Report on plague and inoculation in the Punjab from October 1st ... to September 30th..., being the ... season of plague in the province
Disease focus: Plague
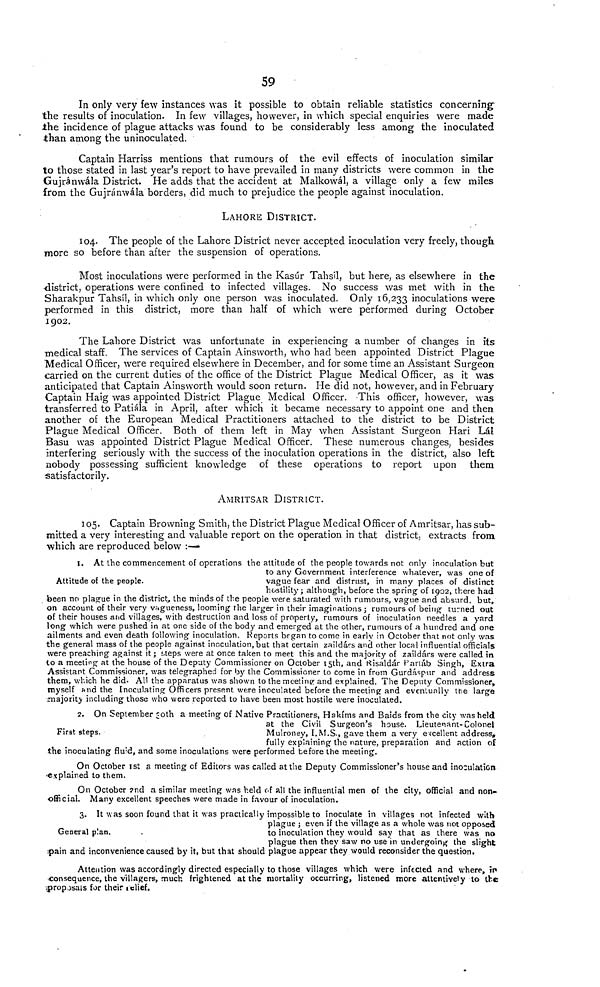
59
In only very few instances was it possible to obtain reliable statistics concerning"
the results of inoculation. In few villages, however, in which special enquiries were made
ihe incidence of plague attacks was found to be considerably less among the inoculated
than among the uninoculated.
Captain Harriss mentions that rumours of the evil effects of inoculation similar
to those stated in last year's report to have prevailed in many districts were common in the
Gujránwála District. He adds that the accident at Malkowál, a village only a few miles
from the Gujránwála borders, did much to prejudice the people against inoculation.
LAHORE DISTRICT.
104. The people of the Lahore District never accepted inoculation very freely, though
more so before than after the suspension of operations.
Most inoculations were performed in the Kasur Tahsíl, but here, as elsewhere in the
-district, operations were confined to infected villages. No success was met with in the
Sharakpur Tahsil, in which only one person was inoculated. Only 16,233 inoculations were
performed in this district, more than half of which were performed during October
1902.
The Lahore District was unfortunate in experiencing a number of changes in its
medical staff. The services of Captain Ainsworth, who had been appointed District Plague
Medical Officer, were required elsewhere in December, and for some time an Assistant Surgeon
carried on the current duties of the office of the District Plague Medical Officer, as it was
anticipated that Captain Ainsworth would soon return. He did not, however, and in February
Captain Haig was appointed District Plague Medical Officer. This officer, however, was
transferred to Patiala in April, after which it became necessary to appoint one and then
another of the European Medical Practitioners attached to the district to be District
Plague Medical Officer. Both of them left in May when Assistant Surgeon Hari Lál
Basu was appointed District Plague Medical Officer. These numerous changes, besides
interfering seriously with the success of the inoculation operations in the district, also left
nobody possessing sufficient knowledge of these operations to report upon them
satisfactorily.
AMRITSAR DISTRICT.
105. Captain Browning Smith, the District Plague Medical Officer of Amritsar, has sub-
mitted a very interesting and valuable report on the operation in that district, extracts from.
which are reproduced below :—
Attitude of the people.
I. At the commencement of operations the attitude of the people towards not only inoculation but
to any Government interference whatever, was one of
vague fear and distrust, in many places of distinct
hostility ; although, before the spring of 1902, there had
been no plague in the district, the minds of the people were saturated with rumours, vague and absurd, but,
on account of their very vagueness, looming the larger in their imaginations ; rumours of being turned out
of their houses atid villages, with destruction and loss of property, rumours of inoculation needles a yard
long which were pushed in at one side of the body and emerged at the other, rumours of a hundred and one
ailments and even death following inoculation. Reports bcgan to corne in early in October that not only was
the generan mass of the people against inoculation, but that certain zaildárs and other local influential officiais
were preaching against it ; steps were at once taken to meet this and the majority of zaildárs were called in
to a meeting at the house of the Deputy Commissioner on October I5th, and Risaldár Partáb Singh, Extra
Assistant Commissioner, was telegraphed for by the Commissioner to corne in from Gurdaspur and address
them, which he did. All the apparatus was shown to the meeting and explained. The Deputy Commissioner,
myself and the Inoculating Officers present were inoculated before the meeting and eventually the large
.majority including those who were reported to have been most hostile were inoculated.
First steps.
2. On September 30th a meeting of Native Practitioners, Hakíms and Baids from the city washeld
at the Civil Surgeon's house. Lieutenant-Colonel
Mulroney, I.M.S., gave them a very excellent address,
fully expiaining the nature, preparation and action of
the inoculating fluid, and some inoculations were performed before the meeting.
On October 1st a meeting of Editors was called atthe Deputy Commissioner's house and inoculation
explained to them.
On October 2nd a similar meeting was held of all the influenlial men of the city, official and non-
official. Many excellent speeches were made in favour of inoculation.
General p!an.
3. It was soon found that it was practically impossible to inoculate in villages not infected with
plague ; even if the village as a whole was not opposed
to inoculation they would say that as there was no
plague then they saw no use in undergoing the slight
spain and inconvenience caused by it, but that should plague appear they would reconsider the question.
Attention was accordingly directed especially to those villages which were infected and where, in
consequence, the vlllagers, much frightened at the mortality occurring, listened more altentively to the
proposals for their relief.